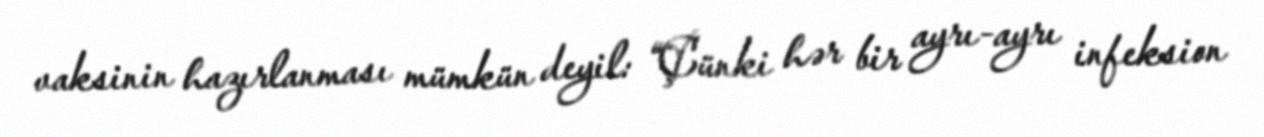
vaksinin hazırlanması mümkün deyil: “Çünki hər bir ayrı-ayrı infeksion